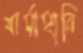
বার্মাহানি